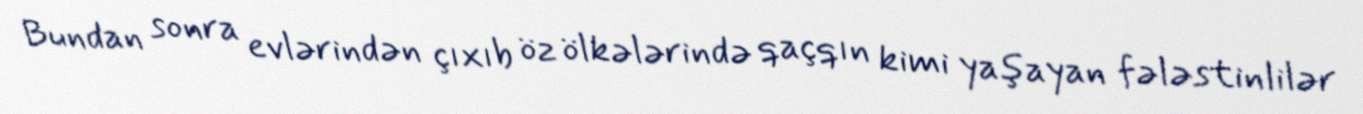
Bundan sonra evlərindən çıxıb öz ölkələrində qaçqın kimi yaşayan fələstinlilər